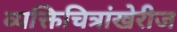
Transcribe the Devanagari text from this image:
व्यक्तिचित्रांखेरीज